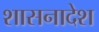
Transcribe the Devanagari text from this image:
शासनादेश